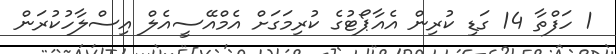
1 ހަފްތާ 14 ގަޑި ކުރިން އެއާޕޯޓުގެ ކުރިމަގަށް އެމްއޭސީއެލް އިސްލާހުކުރަން